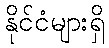
နိုင်ငံများရှိ